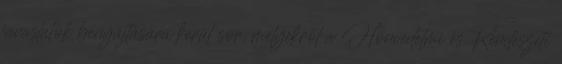
javaslatok benyújtására kerül sor, melyekről a Honvédelmi és Rendészeti